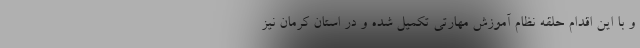
و با این اقدام حلقه نظام آموزش مهارتی تکمیل شده و در استان کرمان نیز